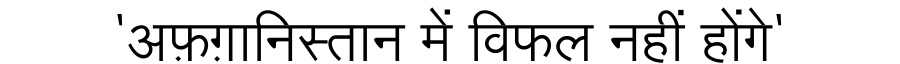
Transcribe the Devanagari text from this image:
'अफ़ग़ानिस्तान में विफल नहीं होंगे'